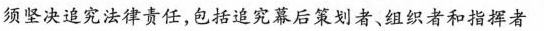
须坚决追究法律责任，包括追究幕后策划者、组织者和指挥者